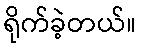
ရိုက်ခဲ့တယ်။